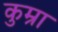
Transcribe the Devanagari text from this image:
कुम्रा